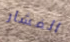
الفشار